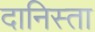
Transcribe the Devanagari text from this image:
दानिस्ता